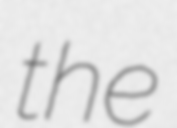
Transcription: the